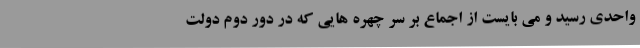
واحدی رسید و می بایست از اجماع بر سر چهره هایی که در دور دوم دولت